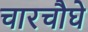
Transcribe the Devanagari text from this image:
चारचौघे